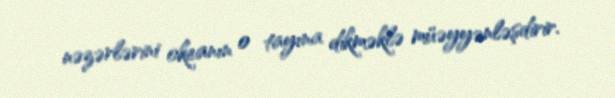
nəzərlərini okeanın o tayına dikməklə müəyyənləşdirir.